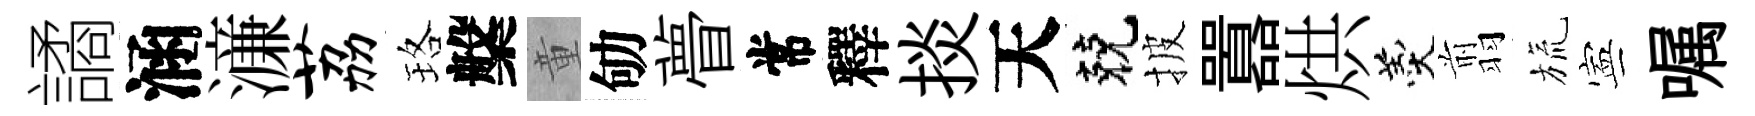
譎涵濓荔珞槃童劬瞢常釋掞天兢披囂烘羹翦旒寕嘱